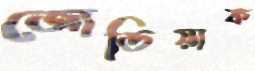
জোডিয়াক